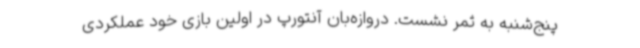
پنج‌شنبه به ثمر نشست. دروازه‌بان آنتورپ در اولین بازی خود عملکردی